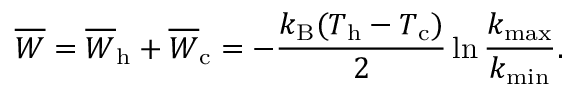
\overline { { W } } = \overline { { W } } _ { \mathrm { h } } + \overline { { W } } _ { \mathrm { c } } = - \frac { k _ { \mathrm { B } } ( T _ { \mathrm { h } } - T _ { \mathrm { c } } ) } { 2 } \ln \frac { k _ { \mathrm { m a x } } } { k _ { \mathrm { m i n } } } .